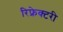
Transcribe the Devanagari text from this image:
रिफ्रेक्टरी